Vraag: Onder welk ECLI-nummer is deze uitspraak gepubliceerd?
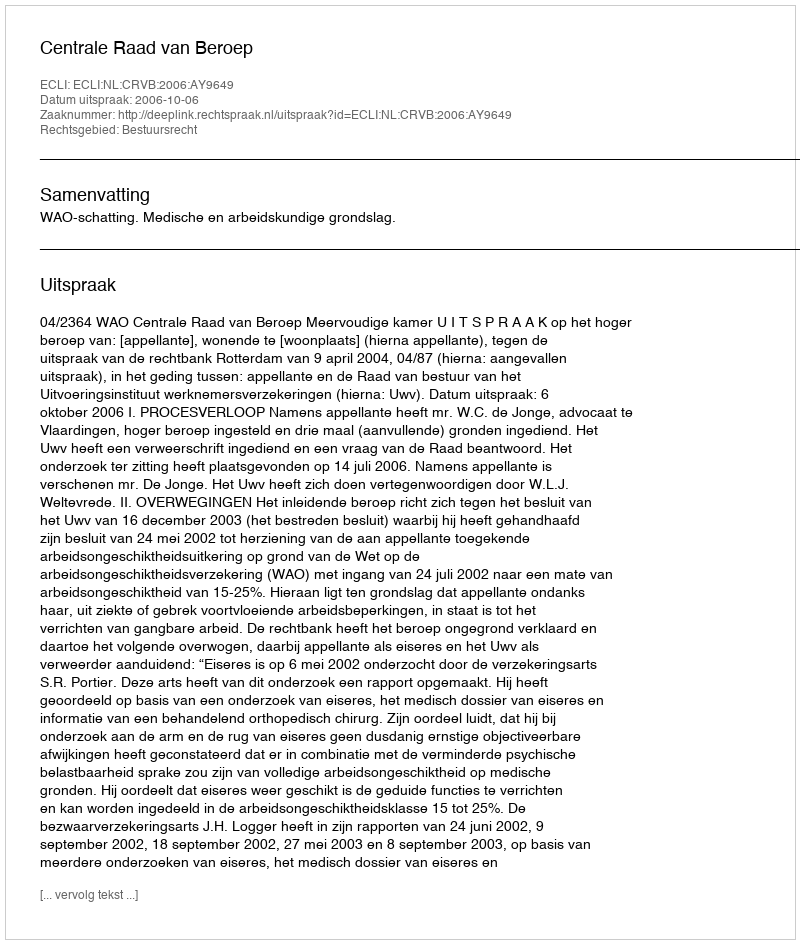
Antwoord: ECLI:NL:CRVB:2006:AY9649